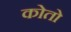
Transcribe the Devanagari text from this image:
कोतो